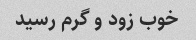
خوب زود و گرم رسید